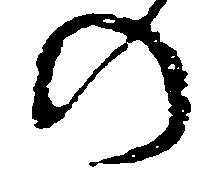
の